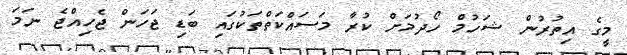
މީގެ އިތުރުން ޝަހުމް ހޯދުމަށް ކުރާ މަސައްކަތްތަކުގައި ބަޑި ޖަހަން ޖެހިއްޖެ ނަމަ